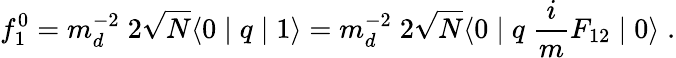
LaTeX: f_{1}^{0}=m_{d}^{-2}\; 2\sqrt{N}\langle 0\mid q\mid 1\rangle=m_{d}^{-2}\; 2\sqrt{N}\langle 0\mid q\; \frac{i}{m}F_{12}\mid 0\rangle\; .